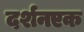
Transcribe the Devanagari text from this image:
दर्शनएक